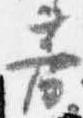
芳